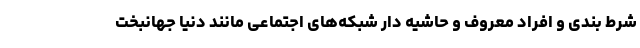
شرط بندی و افراد معروف و حاشیه دار شبکه‌های اجتماعی مانند دنیا جهانبخت